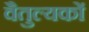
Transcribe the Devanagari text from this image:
वैतुल्यकों